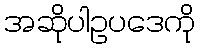
အဆိုပါဥပဒေကို